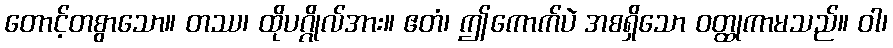
တောင့်တစွာသော။ တဿ၊ ထိုပဂ္ဂိုလ်အား။ ဧတံ၊ ဤကောက်ပဲ အစရှိသော ဝတ္ထုကာမသည်။ ဝါ၊